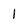
Character: 1